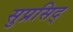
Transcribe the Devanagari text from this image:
सुप्रसिद्